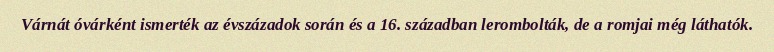
Várnát óvárként ismerték az évszázadok során és a 16. században lerombolták, de a romjai még láthatók.